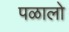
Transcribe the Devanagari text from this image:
पळालो